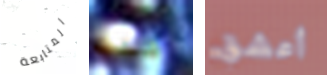
المتابعة كنت أعشق